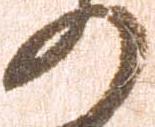
の